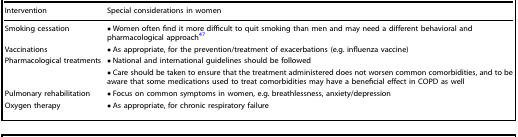
<table><thead><tr><td><b>Intervention</b></td><td><b>Special considerations in women</b></td></tr></thead><tbody><tr><td>Smoking cessation</td><td>• Women often find it more difficult to quit smoking than men and may need a different behavioral and pharmacological approach<sup>47</sup></td></tr><tr><td>Vaccinations</td><td>• As appropriate, for the prevention/treatment of exacerbations (e.g. influenza vaccine)</td></tr><tr><td>Pharmacological treatments</td><td>• National and international guidelines should be followed</td></tr><tr><td>[EMPTY_CELL]</td><td>• Care should be taken to ensure that the treatment administered does not worsen common comorbidities, and to be aware that some medications used to treat comorbidities may have a beneficial effect in COPD as well</td></tr><tr><td>Pulmonary rehabilitation</td><td>• Focus on common symptoms in women, e.g. breathlessness, anxiety/depression</td></tr><tr><td>Oxygen therapy</td><td>• As appropriate, for chronic respiratory failure</td></tr></tbody></table>